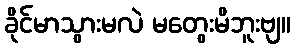
ခိုင်မာသွားမလဲ မတွေးမိဘူးဗျ။